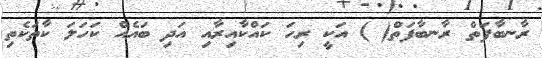
ރާނބާފަތް ރާނބާފަތް( ) އަކީ ރިހަ ކައްކާއިރާއި އަދި ބައެއް ކަހަލަ ކާތަކެތި